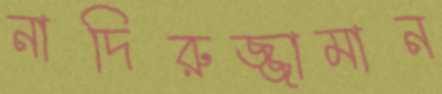
নাদিরুজ্জামান